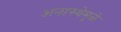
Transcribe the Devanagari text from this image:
अनास्थेमुळे